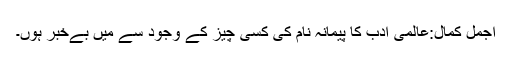
اجمل کمال:عالمی ادب کا پیمانہ نام کی کسی چیز کے وجود سے میں بےخبر ہوں۔